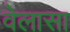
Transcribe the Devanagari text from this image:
वेलासा